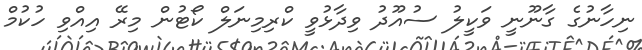
ނިހާނުގެ ގާނޫނީ ވަކީލު ސުއޫދު ވިދާޅުވީ ކްރިމިނަލް ކޯޓުން މިރޭ އިއްވި ހުކުމް